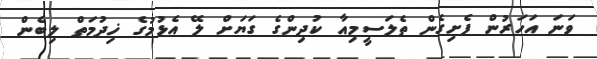
ވަނަ އަހަރުން ފެށިގެން ތެލަސީމިއާ ކުދިންގެ ގަޔަށް ލޭ އެޅުމުގެ ޚިދުމަތް ލިބެން